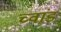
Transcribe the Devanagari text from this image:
च्वांङ